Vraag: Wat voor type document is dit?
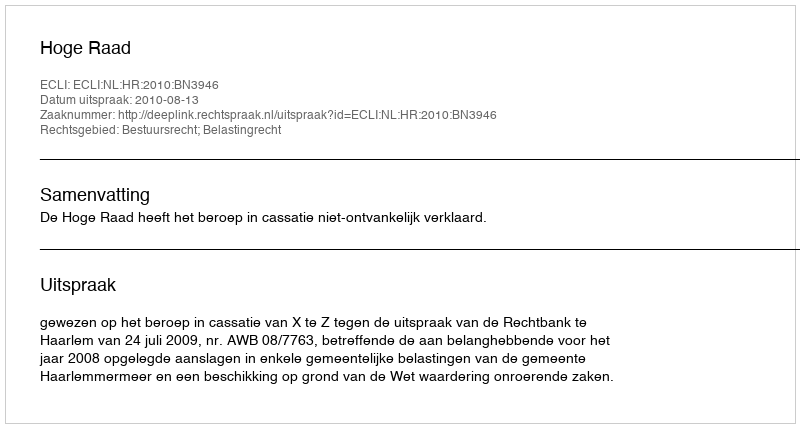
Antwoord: Uitspraak